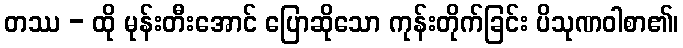
တဿ - ထို မုန်းတီးအောင် ပြောဆိုသော ကုန်းတိုက်ခြင်း ပိသုဏဝါစာ၏၊